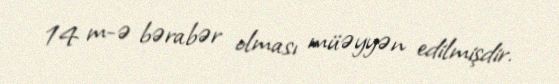
14 m-ə bərabər olması müəyyən edilmişdir.